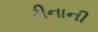
રીનાની